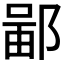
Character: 𫑣